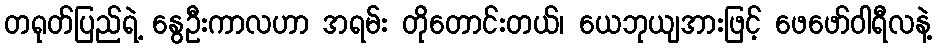
တရုတ်ပြည်ရဲ့ နွေဦးကာလဟာ အရမ်း တိုတောင်းတယ်၊ ယေဘုယျအားဖြင့် ဖေဖော်ဝါရီလနဲ့